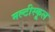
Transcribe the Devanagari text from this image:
मल्टीस्कूल